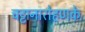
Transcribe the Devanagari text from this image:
चट्टानारोहणके